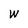
Character: W